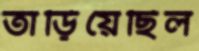
তাড়িয়েছিল